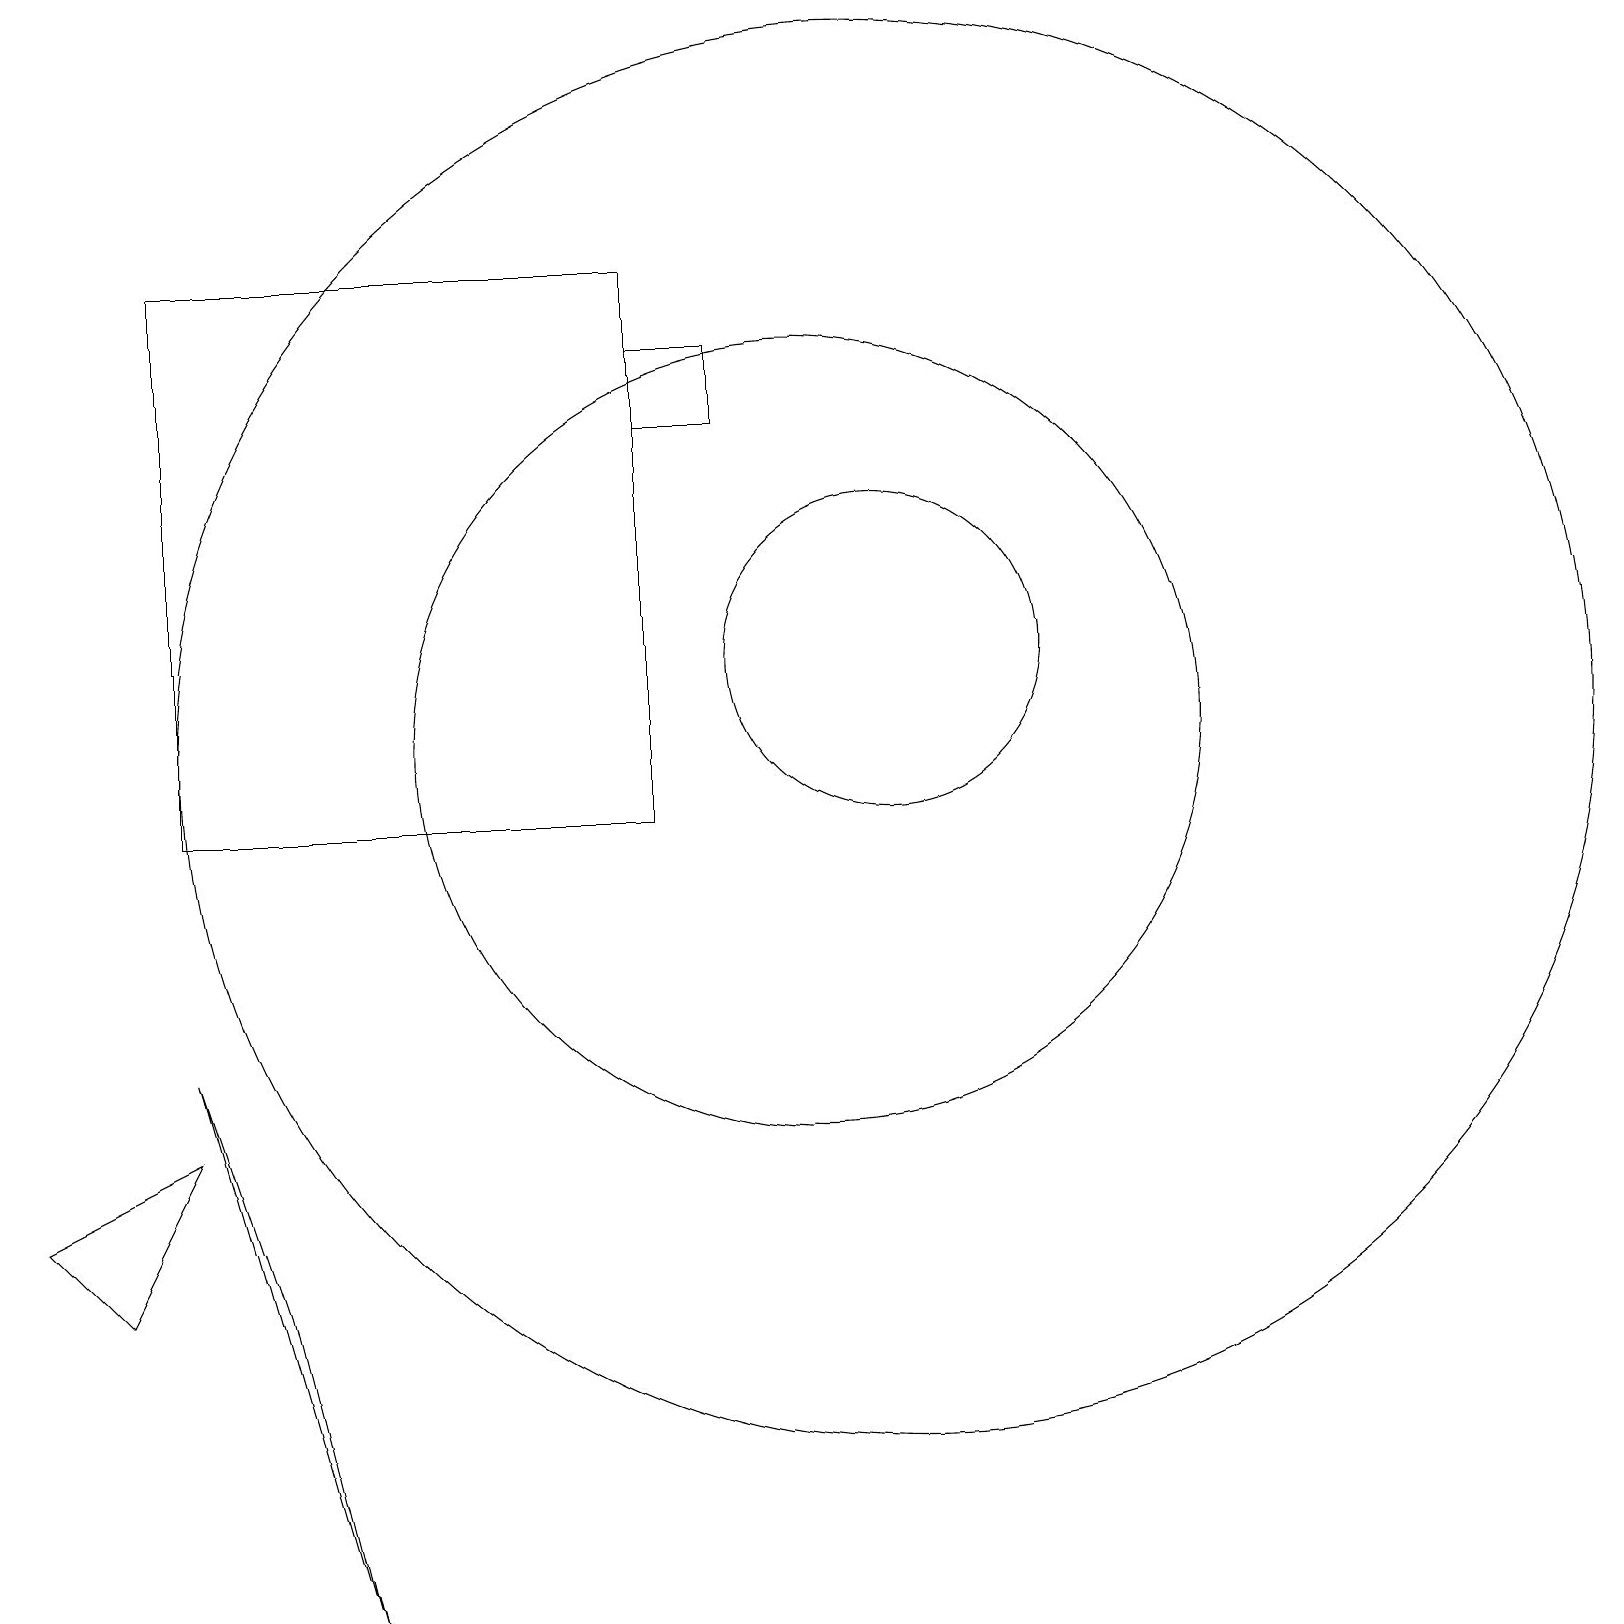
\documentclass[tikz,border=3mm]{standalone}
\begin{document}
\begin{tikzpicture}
\draw (8,10) rectangle (2,17);
\draw (11,12) circle (2);
\draw (11,11) circle (9);
\draw (10,11) circle (5);
\draw (2,6) -- (1,4) -- (0,5) -- cycle;
\draw (2,7) -- (4,0) -- (3,4) -- cycle;
\draw (9,16) rectangle (8,15);
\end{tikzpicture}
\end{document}